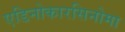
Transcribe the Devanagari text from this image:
एडिनोकारसिनोमा